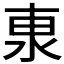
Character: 𰛕